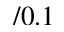
/ 0 . 1